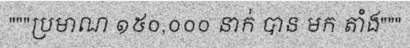
"""ប្រមាណ ១៥០,០០០ នាក់ បាន មក តាំង"""